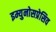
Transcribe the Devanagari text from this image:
इम्युनोसप्रेसिव